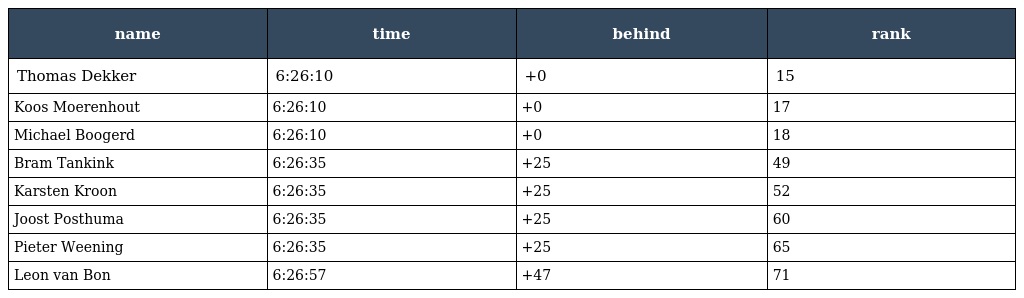
| name | time | behind | rank |
 | --- | --- | --- | --- |
 | Thomas Dekker | 6:26:10 | +0 | 15 |
 | Koos Moerenhout | 6:26:10 | +0 | 17 |
 | Michael Boogerd | 6:26:10 | +0 | 18 |
 | Bram Tankink | 6:26:35 | +25 | 49 |
 | Karsten Kroon | 6:26:35 | +25 | 52 |
 | Joost Posthuma | 6:26:35 | +25 | 60 |
 | Pieter Weening | 6:26:35 | +25 | 65 |
 | Leon van Bon | 6:26:57 | +47 | 71 |